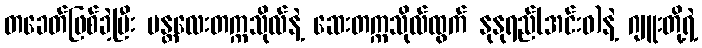
တခေတ်ဖြစ်ခဲ့ပြီး မန္တလေးတက္ကသိုလ်နဲ့ ဆေးတက္ကသိုလ်ထွက် နုနုရည်(အင်းဝ)နဲ့ ဂျူးတို့ရဲ့